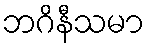
ဘဂိနီသမာ